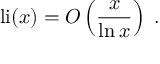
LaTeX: \operatorname { l i } ( x ) = O \left( { \frac { x } { \ln x } } \right) \; .